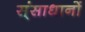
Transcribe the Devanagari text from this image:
स्ंसाधानों